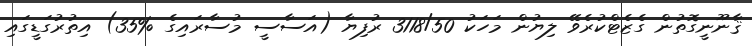
ޤާނޫނީގޮތުން ގެޒެޓްކުރެވޭ ލިޔުން މަހަކު 3118/50 ރުފިޔާ (އަސާސީ މުސާރައިގެ %35) އިތުރުގަޑީގައި